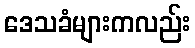
ဒေသခံများကလည်း